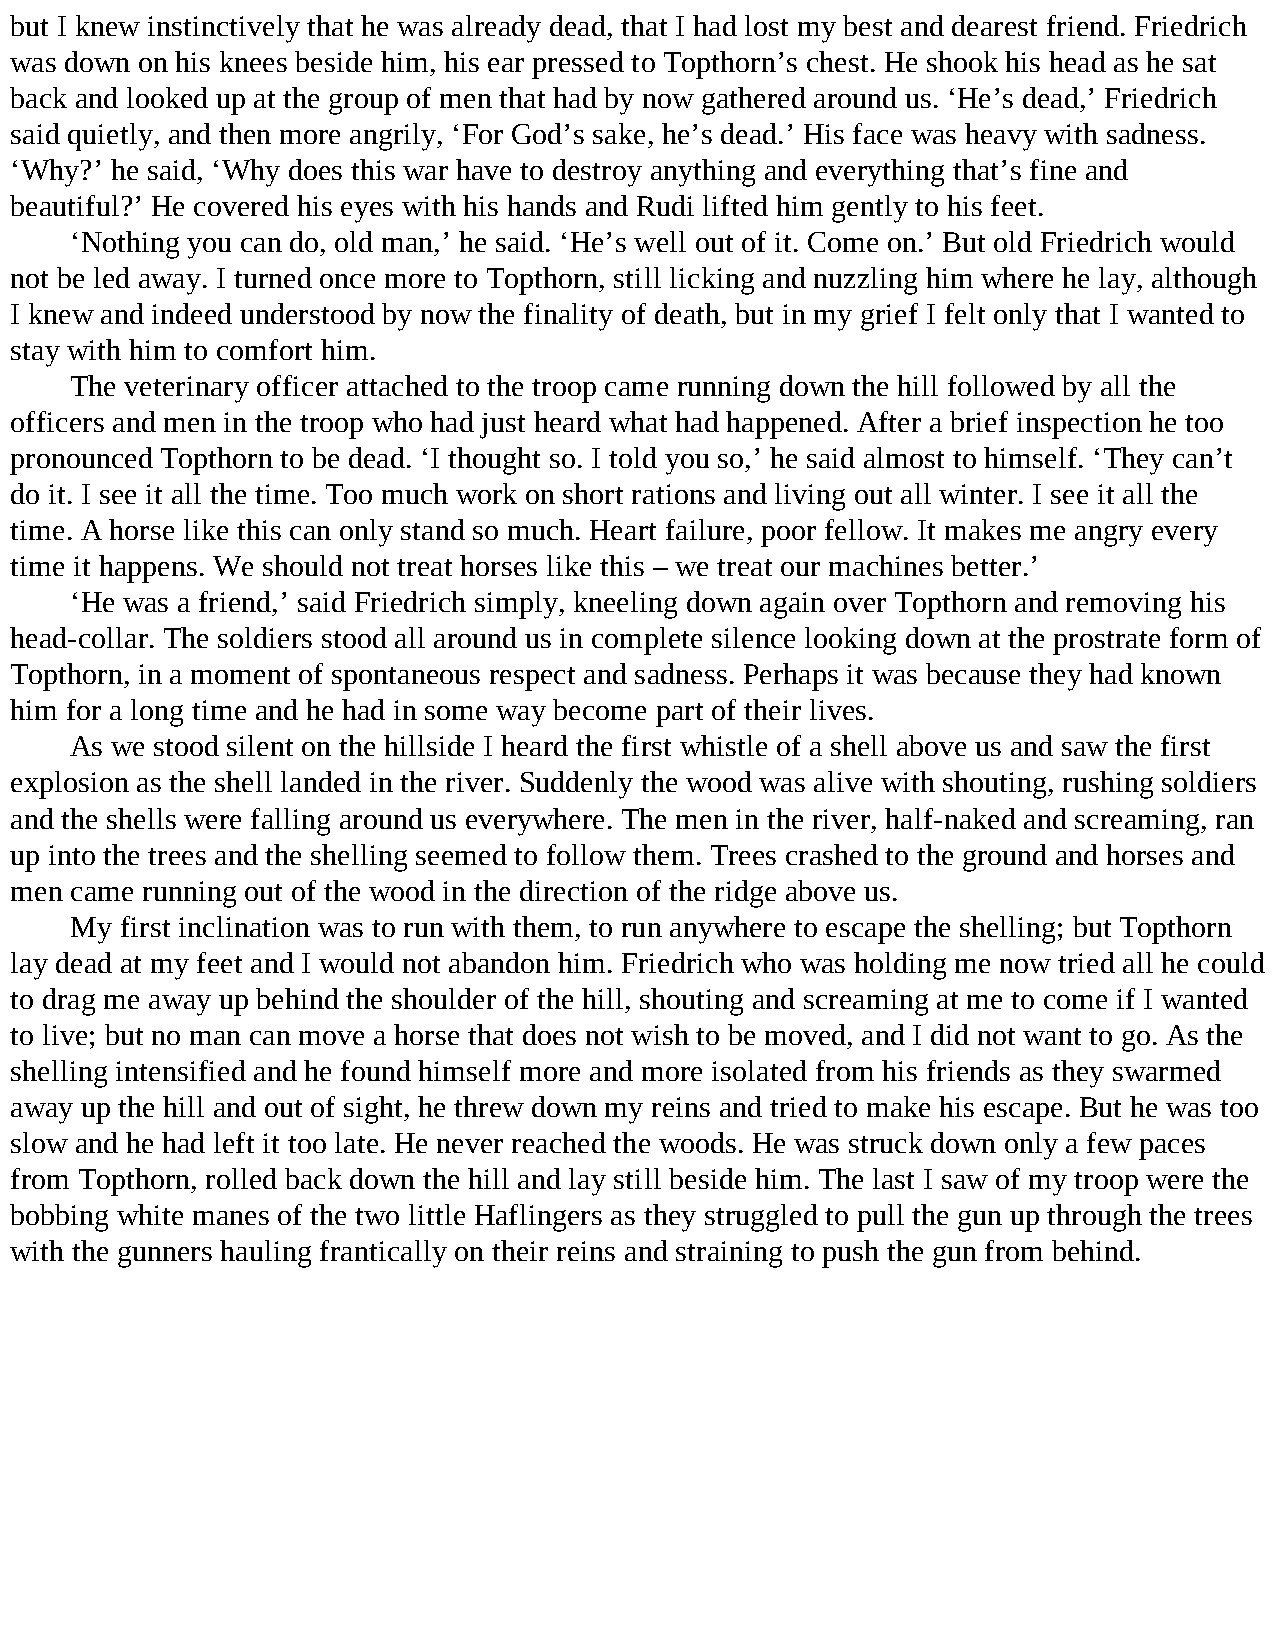
but I knew instinctively that he was already dead, that I had lost my best and dearest friend. Friedrich
 was down on his knees beside him, his ear pressed to Topthorn’s chest. He shook his head as he sat
 back and looked up at the group of men that had by now gathered around us. ‘He’s dead,’ Friedrich
 said quietly, and then more angrily, ‘For God’s sake, he’s dead.’ His face was heavy with sadness.
 ‘Why?’ he said, ‘Why does this war have to destroy anything and everything that’s fine and
 beautiful?’ He covered his eyes with his hands and Rudi lifted him gently to his feet.
 ‘Nothing you can do, old man,’ he said. ‘He’s well out of it. Come on.’ But old Friedrich would
 not be led away. I turned once more to Topthorn, still licking and nuzzling him where he lay, although
 I knew and indeed understood by now the finality of death, but in my grief I felt only that I wanted to
 stay with him to comfort him.
 The veterinary officer attached to the troop came running down the hill followed by all the
 officers and men in the troop who had just heard what had happened. After a brief inspection he too
 pronounced Topthorn to be dead. ‘I thought so. I told you so,’ he said almost to himself. ‘They can’t
 do it. I see it all the time. Too much work on short rations and living out all winter. I see it all the
 time. A horse like this can only stand so much. Heart failure, poor fellow. It makes me angry every
 time it happens. We should not treat horses like this – we treat our machines better.’
 ‘He was a friend,’ said Friedrich simply, kneeling down again over Topthorn and removing his
 head-collar. The soldiers stood all around us in complete silence looking down at the prostrate form of
 Topthorn, in a moment of spontaneous respect and sadness. Perhaps it was because they had known
 him for a long time and he had in some way become part of their lives.
 As we stood silent on the hillside I heard the first whistle of a shell above us and saw the first
 explosion as the shell landed in the river. Suddenly the wood was alive with shouting, rushing soldiers
 and the shells were falling around us everywhere. The men in the river, half-naked and screaming, ran
 up into the trees and the shelling seemed to follow them. Trees crashed to the ground and horses and
 men came running out of the wood in the direction of the ridge above us.
 My first inclination was to run with them, to run anywhere to escape the shelling; but Topthorn
 lay dead at my feet and I would not abandon him. Friedrich who was holding me now tried all he could
 to drag me away up behind the shoulder of the hill, shouting and screaming at me to come if I wanted
 to live; but no man can move a horse that does not wish to be moved, and I did not want to go. As the
 shelling intensified and he found himself more and more isolated from his friends as they swarmed
 away up the hill and out of sight, he threw down my reins and tried to make his escape. But he was too
 slow and he had left it too late. He never reached the woods. He was struck down only a few paces
 from Topthorn, rolled back down the hill and lay still beside him. The last I saw of my troop were the
 bobbing white manes of the two little Haflingers as they struggled to pull the gun up through the trees
 with the gunners hauling frantically on their reins and straining to push the gun from behind.